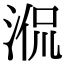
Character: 𣵿